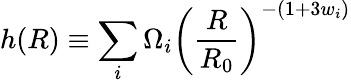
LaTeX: h(R)\equiv\sum_{i}\Omega_{i}\left(\frac{R}{R_{0}}\right)^{-(1+3w_{i})}